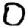
Digit: 0